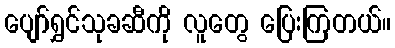
ပျော်ရွှင်သုခဆီကို လူတွေ ပြေးကြတယ်။